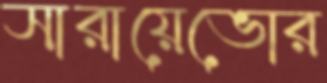
সারায়েভোর